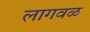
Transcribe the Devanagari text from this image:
लागवळ